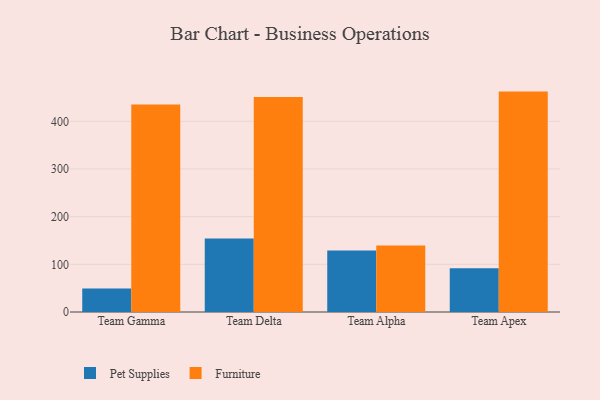
{"axis": {"x": "Team", "y": "Active Users"}, "legend": ["Furniture", "Pet Supplies"], "data": [{"x": "Team Gamma", "y": 49.5, "type": "Pet Supplies"}, {"x": "Team Gamma", "y": 435.2, "type": "Furniture"}, {"x": "Team Delta", "y": 154.1, "type": "Pet Supplies"}, {"x": "Team Delta", "y": 451.1, "type": "Furniture"}, {"x": "Team Alpha", "y": 128.9, "type": "Pet Supplies"}, {"x": "Team Alpha", "y": 139.3, "type": "Furniture"}, {"x": "Team Apex", "y": 91.8, "type": "Pet Supplies"}, {"x": "Team Apex", "y": 462.3, "type": "Furniture"}]}